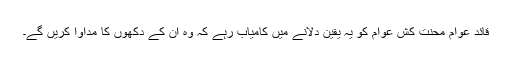
قائد عوام محنت کش عوام کو یہ یقین دلانے میں کامیاب رہے کہ وہ ان کے دکھوں کا مداوا کریں گے۔